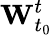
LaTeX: \mathbf{W}_{t_{0}}^{t}